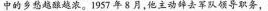
中的乡愁越酿越浓。1957年8月，他主动辞去军队领导职务，